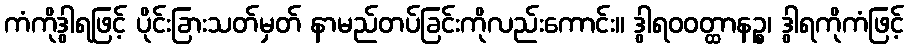
ကံကိုဒွါရဖြင့် ပိုင်းခြားသတ်မှတ် နာမည်တပ်ခြင်းကိုလည်းကောင်း။ ဒွါရဝဝတ္ထာနဉ္စ၊ ဒွါရကိုကံဖြင့်